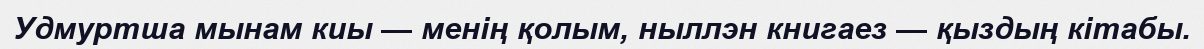
Удмуртша мынам киы — менің қолым, ныллэн книгаез — қыздың кітабы.